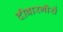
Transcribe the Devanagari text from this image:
दीवारगीरों